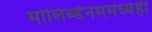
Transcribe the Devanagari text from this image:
मॉलिब्डेनममध्येही